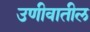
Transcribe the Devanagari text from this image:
उणीवातील